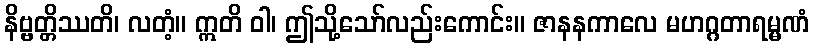
နိဗ္ဗတ္တိဿတိ၊ လတံ့။ ဣတိ ဝါ၊ ဤသို့သော်လည်းကောင်း။ ဇာနနကာလေ မဟဂ္ဂတာရမ္မဏံ